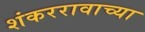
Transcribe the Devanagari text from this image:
शंकररावाच्या